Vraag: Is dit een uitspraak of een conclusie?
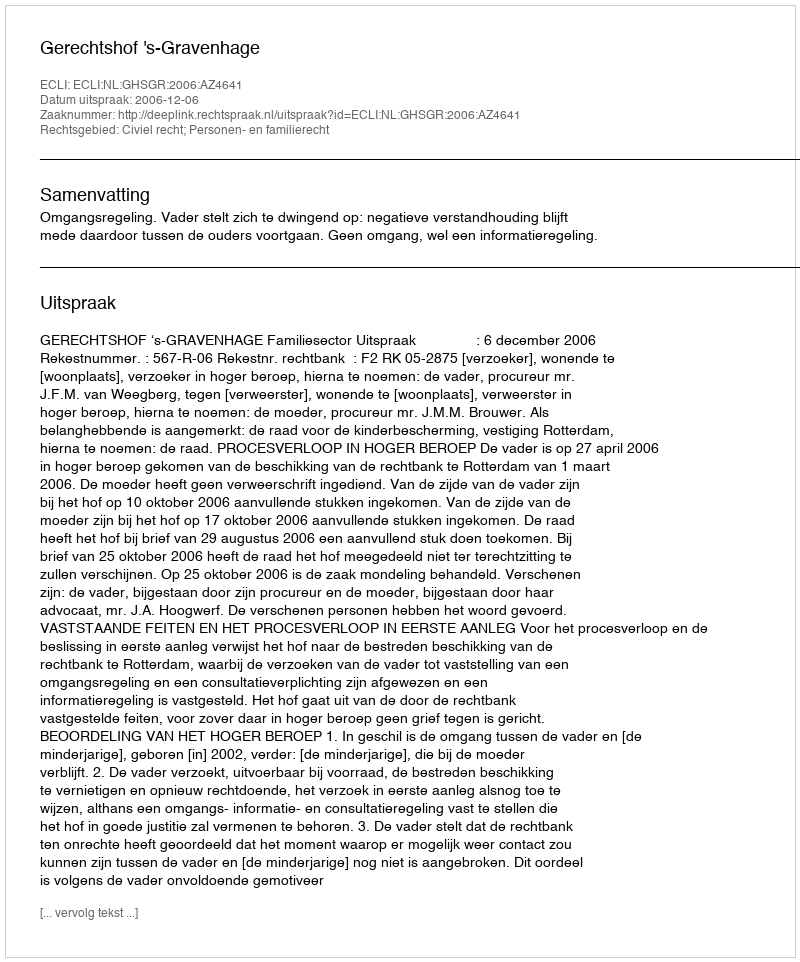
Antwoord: Uitspraak